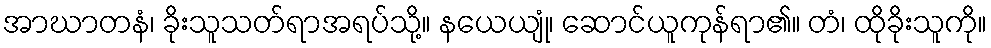
အာဃာတနံ၊ ခိုးသူသတ်ရာအရပ်သို့။ နယေယျုံ၊ ဆောင်ယူကုန်ရာ၏။ တံ၊ ထိုခိုးသူကို။